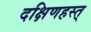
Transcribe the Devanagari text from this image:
दक्षिणहस्त्